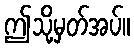
ဤသို့မှတ်အပ်။